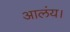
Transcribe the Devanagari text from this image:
आलंय।